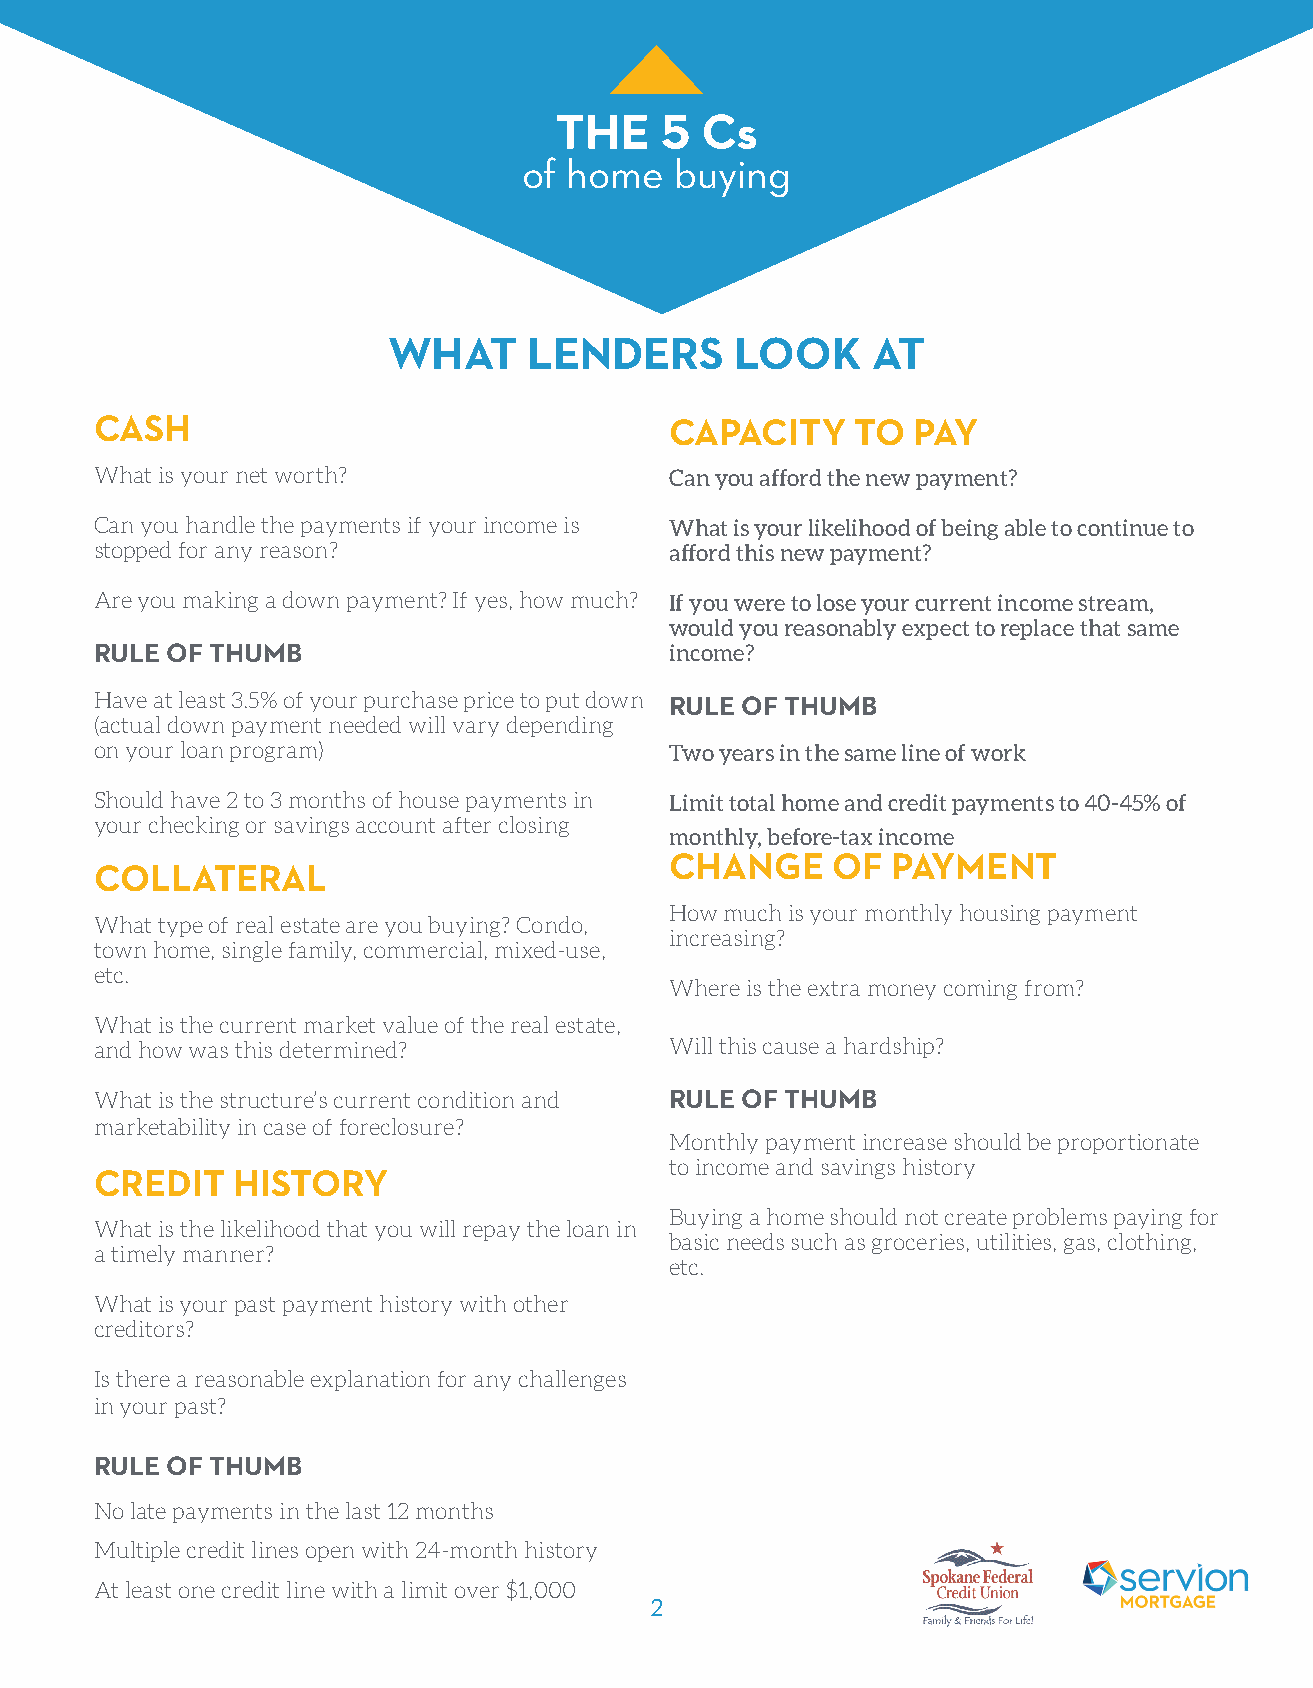
THE    5 Cs
 of home   buying
 WHAT     LENDERS       LOOK     AT
 CASH                                  CAPACITY     TO PAY
 What is your net worth?               Can you afford the new payment?
 Can you handle the payments if your income is What is your likelihood of being able to continue to
 stopped for any reason?               afford this new payment?
 Are you making a down payment? If yes, how much? If you were to lose your current income stream,
 would you reasonably expect to replace that same
 RULE OF THUMB                         income?
 Have at least 3.5% of your purchase price to put down
 RULE OF THUMB
 (actual down payment needed will vary depending
 on your loan program)                 Two years in the same line of work
 Should have 2 to 3 months of house payments in Limit total home and credit payments to 40-45% of
 your checking or savings account after closing
 monthly, before-tax income
 CHANGE     OF  PAYMENT
 COLLATERAL
 How much is your monthly housing payment
 What type of real estate are you buying? Condo,
 increasing?
 town home, single family, commercial, mixed-use,
 etc.
 Where is the extra money coming from?
 What is the current market value of the real estate,
 and how was this determined?          Will this cause a hardship?
 What is the structure’s current condition and RULE OF THUMB
 marketability in case of foreclosure?
 Monthly payment increase should be proportionate
 to income and savings history
 CREDIT   HISTORY
 Buying a home should not create problems paying for
 What is the likelihood that you will repay the loan in
 basic needs such as groceries, utilities, gas, clothing,
 a timely manner?
 etc.
 What is your past payment history with other
 creditors?
 Is there a reasonable explanation for any challenges
 in your past?
 RULE OF THUMB
 No late payments in the last 12 months
 Multiple credit lines open with 24-month history
 At least one credit line with a limit over $1,000
 2